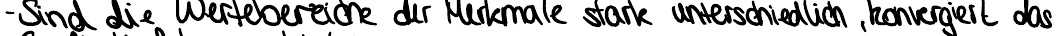
- Sind die Wertebereiche der Merkmale stark unterschiedlich, konvergiert das